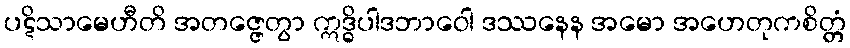
ပဋိသာမေဟီတိ အတဇ္ဇေတွာ ဣဒ္ဓိပါဒဘာဝေါ ဒဿနေန အမော အဟေတုကစိတ္တံ